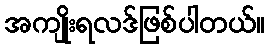
အကျိုးရလဒ်ဖြစ်ပါတယ်။